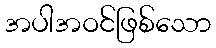
အပါအဝင်ဖြစ်သော